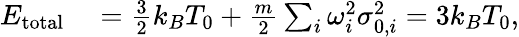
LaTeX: \begin{array}{rl}{E_{\mathrm{total}}}&{{}=\frac{3}{2}k_{B}T_{0}+\frac{m}{2}\sum_{i}\omega_{i}^{2}\sigma_{0,i}^{2}=3k_{B}T_{0},}\end{array}